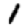
Digit: 1